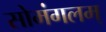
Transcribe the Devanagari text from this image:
सोमंगलम्